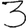
Digit: 3